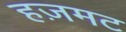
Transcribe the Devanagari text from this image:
हज़मट